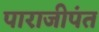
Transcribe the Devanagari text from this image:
पाराजीपंत